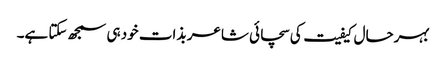
بہرحال کیفیت کی سچائی شاعر بذات خود ہی سمجھ سکتا ہے۔